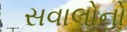
સવાલોનો